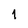
Character: 1